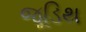
જૂડિથ